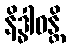
နိဒ္ဓါဝန္တိ